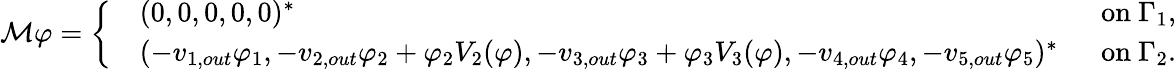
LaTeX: \mathcal{M}\varphi=\left\{ \begin{array}{rlr}&{(0,0,0,0,0)^{*}\; }&{\mathrm{~on~}\Gamma_{1},}\\ &{(-v_{1,out}\varphi_{1},-v_{2,out}\varphi_{2}+\varphi_{2}V_{2}(\varphi),-v_{3,out}\varphi_{3}+\varphi_{3}V_{3}(\varphi),-v_{4,out}\varphi_{4},-v_{5,out}\varphi_{5})^{*}\; }&{\mathrm{~on~}\Gamma_{2}.}\end{array}\right.